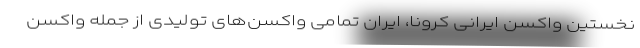
نخستین واکسن ایرانی کرونا، ایران تمامی واکسن‌های تولیدی از جمله واکسن